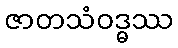
ဇာတသံဝဒ္ဓဿ